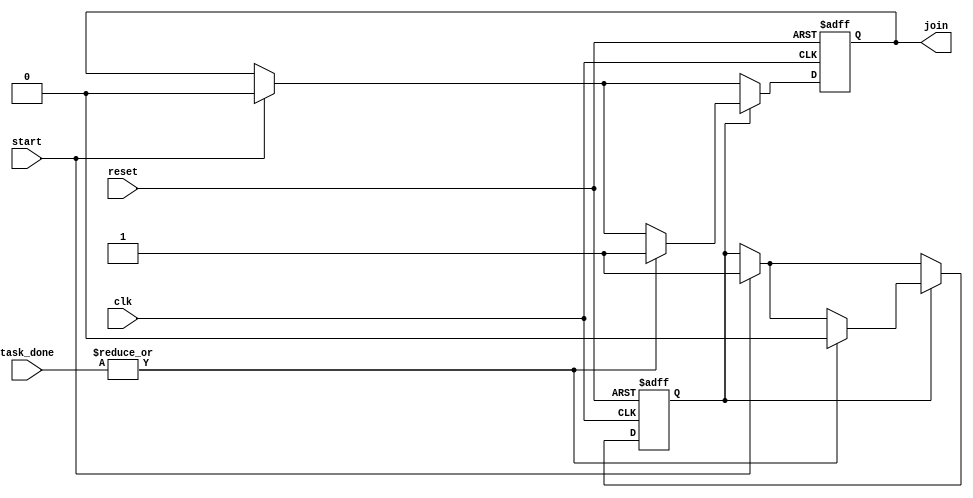
module ForkJoinAny (
    input wire clk,                // Clock signal
    input wire reset,              // Reset signal
    input wire start,              // Start signal to initiate tasks
    input wire [N-1:0] task_done,  // Task completion signals (N tasks)
    output reg join                // Join signal indicating at least one task is complete
);
    parameter N = 4;               // Number of concurrent tasks

    // Internal state
    reg tasks_active;              // Flag to indicate if tasks are active

    always @(posedge clk or posedge reset) begin
        if (reset) begin
            join <= 0;             // Clear join signal on reset
            tasks_active <= 0;     // Clear task active flag
        end else begin
            if (start) begin
                join <= 0;         // Reset join signal on start
                tasks_active <= 1; // Set tasks active flag
            end

            // Check for task completion
            if (tasks_active) begin
                if (|task_done) begin // If any task is done
                    join <= 1;       // Assert join signal
                    tasks_active <= 0; // Clear tasks active flag
                end
            end
        end
    end
endmodule